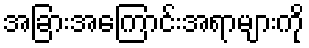
အခြားအကြောင်းအရာများကို